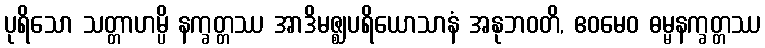
ပုရိသော သတ္တာဟမ္ပိ နက္ခတ္တဿ အာဒိမဇ္ဈပရိယောသာနံ အနုဘဝတိ, ဧဝမေဝ ဓမ္မနက္ခတ္တဿ